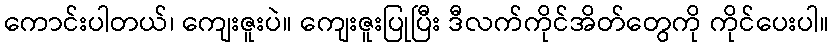
ကောင်းပါတယ်၊ ကျေးဇူးပဲ။ ကျေးဇူးပြုပြီး ဒီလက်ကိုင်အိတ်တွေကို ကိုင်ပေးပါ။